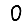
Digit: 0